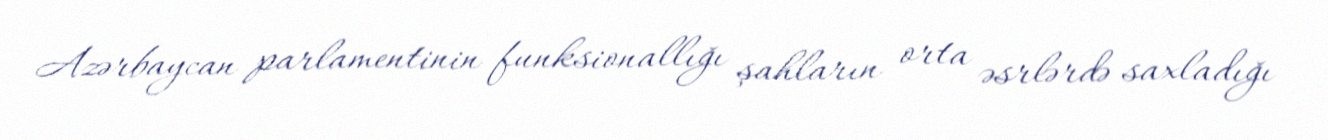
Azərbaycan parlamentinin funksionallığı şahların orta əsrlərdə saxladığı